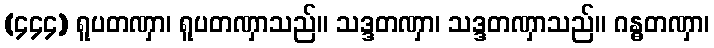
(၄၄၄) ရူပတဏှာ၊ ရူပတဏှာသည်။ သဒ္ဒတဏှာ၊ သဒ္ဒတဏှာသည်။ ဂန္ဓတဏှာ၊